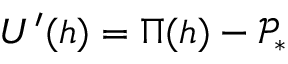
U ^ { \prime } ( h ) = \Pi ( h ) - \mathcal { P } _ { * }